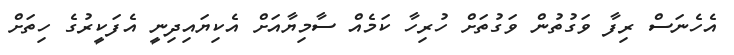
އެހެނަސް ރިފާ ވަގުތުން ވަގުތަށް ހުރިހާ ކަމެއް ސާމިޔާއަށް އެކިޔައިދިނީ އެފަކީރުގެ ހިތަށް